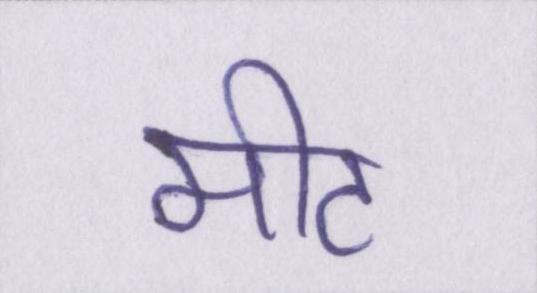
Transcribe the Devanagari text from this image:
मीट